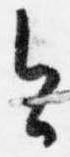
今